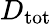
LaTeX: D_{\mathrm{tot}}